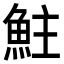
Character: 𩶃